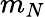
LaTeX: m_{N}